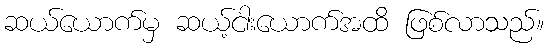
ဆယ်ယောက်မှ ဆယ့်ငါးယောက်အထိ ဖြစ်လာသည်။